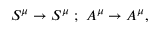
S ^ { \mu } \rightarrow S ^ { \mu } \, \, ; \, \, A ^ { \mu } \rightarrow A ^ { \mu } ,